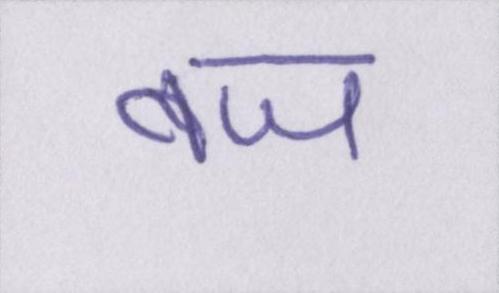
बज